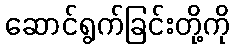
ဆောင်ရွက်ခြင်းတို့ကို